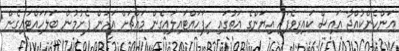
އަންހެންކުއްޖާ އައިސް ކައިރިވެފައި އިޔަންގެ އަތުގައި ހިފަހައްޓައިލައިގެން މައްޗަށް އަރަން ފެށުމުން ބަލަހައްޓައިގެން